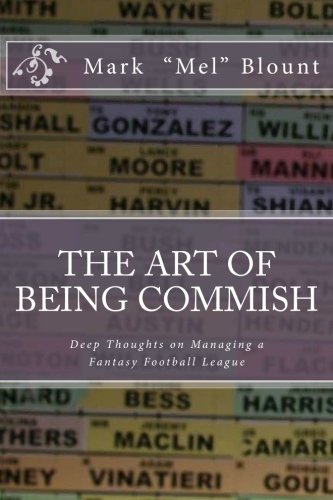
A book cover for The Art of Being Commish: Deep Thoughts on Managing a Fantasy Football League; Mark 'Mel' Blount; Humor & Entertainment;